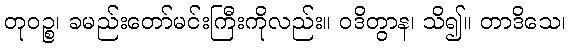
တုဝဉ္စ၊ ခမည်းတော်မင်းကြီးကိုလည်း။ ဝဒိတွာန၊ သိ၍။ တာဒိသေ၊